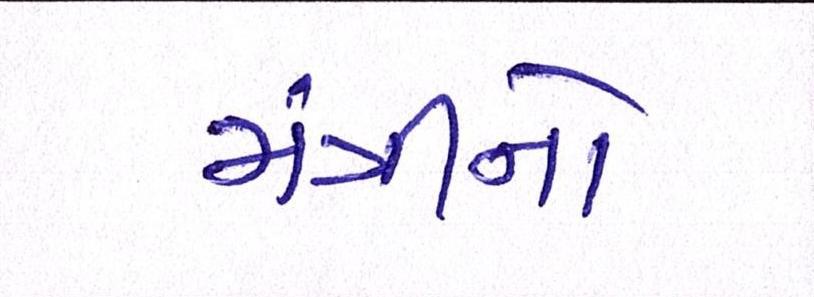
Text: મંત્રીનો